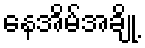
နေအိမ်အချို့